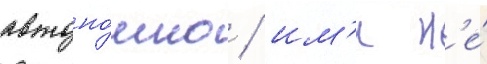
автоно́мно / им'и н'е́